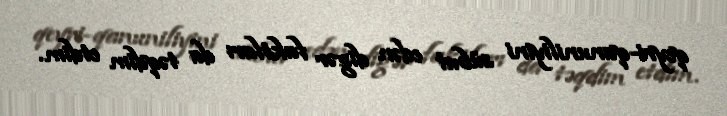
qeyri-qanuniliyini sübut edən digər faktları da təqdim etdim.